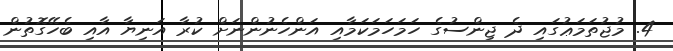
4. މުޖުތަމަޢުގައި ދެ ޖިންސުގެ ހަމަހަމަކަމާއި އަންހެނުންނަށް ކުރާ އަނިޔާ އާއި ބެހޭގޮތުން